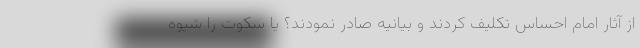
از آثار امام احساس تکلیف کردند و بیانیه صادر نمودند؟ یا سکوت را شیوه